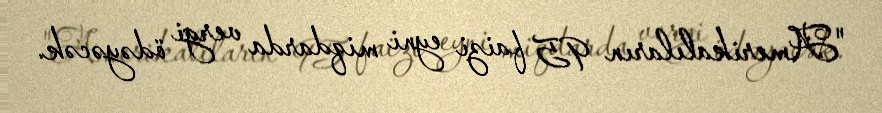
"Amerikalıların 95 faizi eyni miqdarda vergi ödəyəcək.